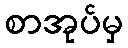
စာအုပ်မှ